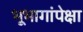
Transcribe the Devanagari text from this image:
भूभागांपेक्षा